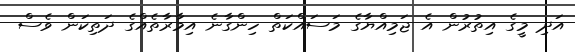
އަދި މީގެ އިތުރުން އެ ޖަމިއްޔާގެ މަސައްކަތް ހިންގާނެ އިމާރާތެއްގެ ދަތިކަން ވެސް